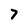
Character: 7